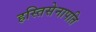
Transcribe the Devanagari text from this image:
हस्तिसेनापति